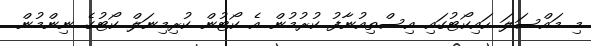
މި މައްސަލަ ހައިކޯޓުގައި އިސްތިއުނާފު ކުރުމުން އެ ކޯޓުން ކުރިމިނަލް ކޯޓުގެ ނިންމުން